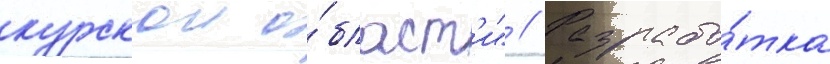
курскои о́бласт'и" // Разрабо́тка